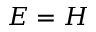
E = H